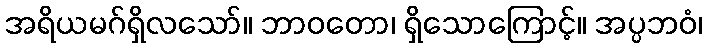
အရိယမဂ်ရှိလသော်။ ဘာဝတော၊ ရှိသောကြောင့်။ အပ္ပဘဝံ၊